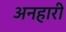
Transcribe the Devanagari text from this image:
अनहारी